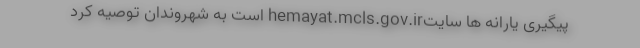
پیگیری یارانه ها سایتhemayat.mcls.gov.ir است به شهروندان توصیه کرد